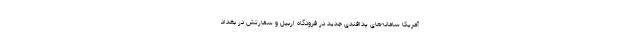
آمریکا سامانه‌های پدافندی جدید در فرودگاه اربیل و سفارتش در بغداد